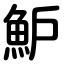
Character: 魲